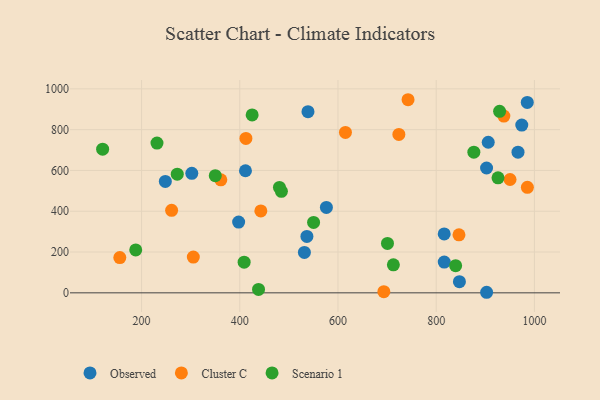
{"axis": {"x": "Ad Spend", "y": "Salary"}, "legend": ["Cluster C", "Observed", "Scenario 1"], "data": [{"x": "538.9", "y": 888.2, "type": "Observed"}, {"x": "966.6", "y": 689.4, "type": "Observed"}, {"x": "531.6", "y": 198.1, "type": "Observed"}, {"x": "411.6", "y": 598.5, "type": "Observed"}, {"x": "248.4", "y": 546.3, "type": "Observed"}, {"x": "302.3", "y": 585.9, "type": "Observed"}, {"x": "816.4", "y": 150.6, "type": "Observed"}, {"x": "902.7", "y": 2.7, "type": "Observed"}, {"x": "816.3", "y": 288.7, "type": "Observed"}, {"x": "576.4", "y": 418.8, "type": "Observed"}, {"x": "847.3", "y": 54.6, "type": "Observed"}, {"x": "397.7", "y": 346.7, "type": "Observed"}, {"x": "536.7", "y": 276.3, "type": "Observed"}, {"x": "985.5", "y": 933.7, "type": "Observed"}, {"x": "974.3", "y": 822.5, "type": "Observed"}, {"x": "902.6", "y": 611.9, "type": "Observed"}, {"x": "906.0", "y": 738.1, "type": "Observed"}, {"x": "724.0", "y": 776.4, "type": "Cluster C"}, {"x": "950.4", "y": 555.5, "type": "Cluster C"}, {"x": "412.5", "y": 756.8, "type": "Cluster C"}, {"x": "985.7", "y": 517.3, "type": "Cluster C"}, {"x": "442.9", "y": 401.6, "type": "Cluster C"}, {"x": "615.2", "y": 786.3, "type": "Cluster C"}, {"x": "261.2", "y": 404.7, "type": "Cluster C"}, {"x": "937.8", "y": 866.4, "type": "Cluster C"}, {"x": "846.4", "y": 284.3, "type": "Cluster C"}, {"x": "305.4", "y": 175.2, "type": "Cluster C"}, {"x": "693.4", "y": 5.4, "type": "Cluster C"}, {"x": "155.7", "y": 172.9, "type": "Cluster C"}, {"x": "742.7", "y": 946.7, "type": "Cluster C"}, {"x": "361.4", "y": 554.2, "type": "Cluster C"}, {"x": "231.4", "y": 734.3, "type": "Scenario 1"}, {"x": "350.1", "y": 574.3, "type": "Scenario 1"}, {"x": "425.2", "y": 872.0, "type": "Scenario 1"}, {"x": "700.8", "y": 242.2, "type": "Scenario 1"}, {"x": "188.1", "y": 210.4, "type": "Scenario 1"}, {"x": "484.8", "y": 497.7, "type": "Scenario 1"}, {"x": "438.2", "y": 16.6, "type": "Scenario 1"}, {"x": "712.8", "y": 137.2, "type": "Scenario 1"}, {"x": "929.1", "y": 889.9, "type": "Scenario 1"}, {"x": "925.9", "y": 563.6, "type": "Scenario 1"}, {"x": "876.7", "y": 689.7, "type": "Scenario 1"}, {"x": "839.6", "y": 132.9, "type": "Scenario 1"}, {"x": "480.8", "y": 516.8, "type": "Scenario 1"}, {"x": "550.3", "y": 345.1, "type": "Scenario 1"}, {"x": "120.7", "y": 704.2, "type": "Scenario 1"}, {"x": "408.9", "y": 150.5, "type": "Scenario 1"}, {"x": "272.7", "y": 581.7, "type": "Scenario 1"}]}